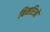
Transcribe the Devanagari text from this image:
बिमरिओ